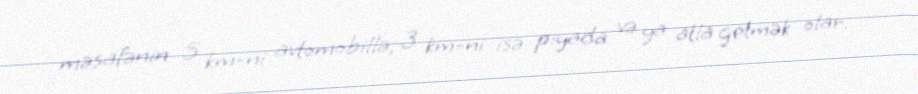
məsafənin 5 km-ni avtomobillə, 3 km-ni isə piyada və ya atla getmək olar.